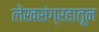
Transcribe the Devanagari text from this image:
लेखसंग्रहातून